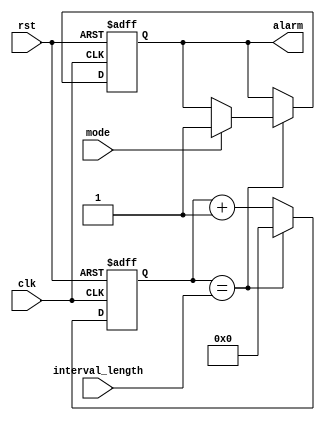
module IntervalTimer (
  input wire clk, // Clock signal
  input wire rst, // Reset signal
  input wire [31:0] interval_length, // Interval length
  input wire mode, // Mode of operation (0 for single-shot, 1 for continuous)
  output reg alarm // Output signal to indicate interval has elapsed
);

reg [31:0] counter; // Counter to keep track of elapsed time

always @(posedge clk or posedge rst) begin
  if (rst) begin // Reset counter and alarm signal
    counter <= 0;
    alarm <= 0;
  end else begin
    if (counter == interval_length) begin // Check if interval has elapsed
      counter <= 0; // Reset counter
      if (mode) begin // Continuous mode
        alarm <= 1; // Set alarm signal
      end
    end else begin
      counter <= counter + 1; // Increment counter
    end
  end
end

endmodule